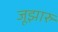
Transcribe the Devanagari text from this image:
जूझारु